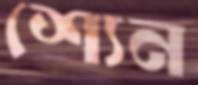
শ্যেন